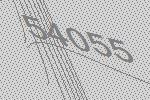
54055